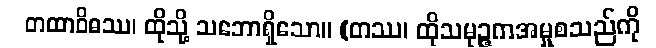
တထာဝိဓဿ၊ ထိုသို့ သဘောရှိသော။ (တဿ၊ ထိုသမုဉ္ဇကအမှုစသည်ကို